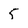
Character: 5